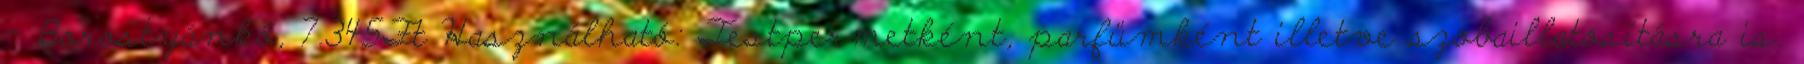
- Borostyánkő, 7.345Ft Használható: Testpermetként, parfümként illetve szobaillatosításra is.